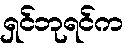
ရှင်ဘုရင်က